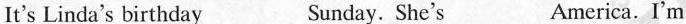
It's Linda's birthday ___ Sunday. She's ___ America.I'm